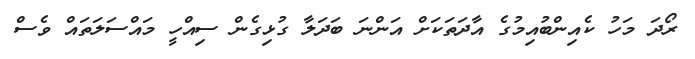
ރޯދަ މަހު ކެއިންބުއިމުގެ އާދަތަކަށް އަންނަ ބަދަލާ ގުޅިގެން ސިއްހީ މައްސަލަތައް ވެސް